Resolution. No. 1369 Ex.
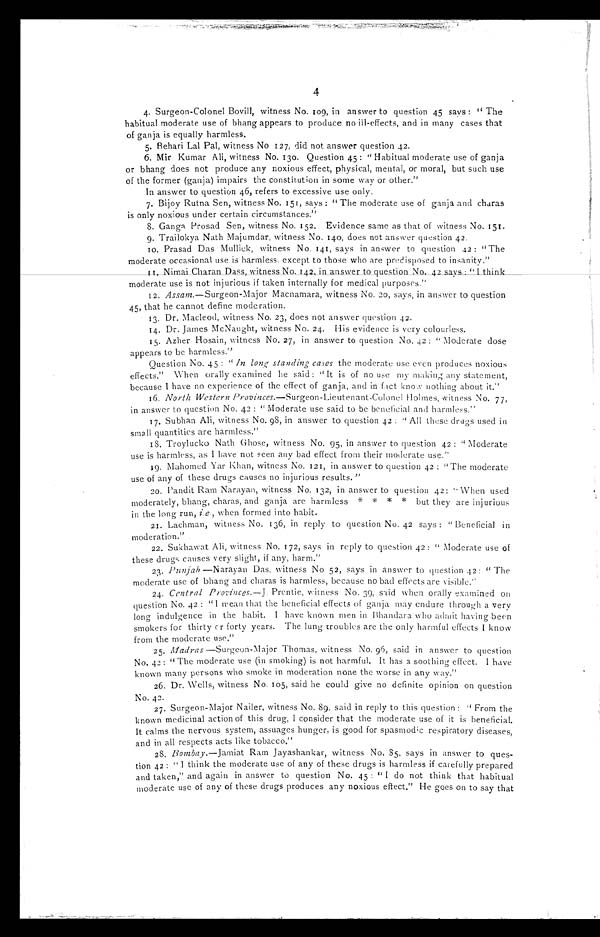
4
4. Surgeon-Colonel Bovill, witness No. 109, in answer to question 45 says: "The
habitual moderate use of bhang appears to produce no ill-effects, and in many cases that
of ganja is equally harmless.
5.
Behari Lal Pal, witness No 127, did not answer question 42.
6. Mir Kumar Ali, witness No. 130. Question 45: "Habitual moderate use of ganja
or bhang does not produce any noxious effect, physical, mental, or moral, but such use
of the former (ganja) impairs the constitution in some way or other."
In answer to question 46, refers to excessive use only.
7. Bijoy Rutna Sen, witness No. 151, says: "The moderate use of ganja and charas
is only noxious under certain circumstances."
8. Ganga Prosad Sen, witness No. 152. Evidence same as that of witness No. 151.
9. Trailokya Nath Majumdar, witness No. 140, does not answer question 42.
10. Prasad Das Mullick, witness No. 141, says in answer to question 42 : "The
moderate occasional use is harmless, except to those who are predisposed to insanity."
11.Nimai Charan Dass, witness No. 142. in answer to question No. 42 says: "I think The
moderate use is not injurious if taken internally for medical purposes."
12. Assam .—Surgeon-Major Macnamara, witness No. 20, says, in answer to question
45, that he cannot define moderation.
13. Dr. Macleod, witness No. 23, does not answer question 42.
14. Dr. James McNaught, witness No. 24. His evidence is very colourless.
15. Azher Hosain, witness No. 27, in answer to question No. 42 : "Moderate dose
appears to be harmless."
Question No. 45 : "In long standing cases the moderate use even produces noxious
effects." When orally examined he said: "It is of no use my making any statement,
because I have no experience of the effect of ganja, and in fact know nothing about it."
16. North Western Provinces .—Surgeon-Lieutenant-Colonel Holmes, witness No. 77,
in answer to question No. 42: "Moderate use said to be beneficial and harmless."
17. Subhan Ali, witness No. 98, in answer to question 42 : "All these drugs used in
small quantities are harmless."
18. Troylucko Nath Ghose, witness No. 95, in answer to question 42 : "Moderate
use is harmless, as I have not seen any bad effect from their moderate use."
19. Mahomed Yar Khan, witness No. 121, in answer to question 42 : "The moderate
use of any of these drugs causes no injurious results."
20. Pandit Ram Narayan, witness No. 132, in answer to question 42: " When used
moderately, bhang, charas, and ganja are harmless * * * * but they are injurious
in the long run, i.e., when formed into habit.
21. Lachman, witness No. 136, in reply to question No. 42 says : " Beneficial in
moderation."
22. Sukhawat Ali, witness No. 172, says in reply to question 42 : " Moderate use of
these drug causes very slight, if any, harm."
23. Punjab —Narayan Das, witness No 52, says in answer to question 42 : " The
moderate use of bhang and charas is harmless, because no bad effects are visible.''
24. Central Provinces.—J. Prentic, witness No. 39, said when orally examined on
question No. 42 : " I mean that the beneficial effects of ganja may endure through a very
long indulgence in the habit. I have known men in Bhandara who admit having been
smokers for thirty cr forty years. The lung troubles are the only harmful effects I know
from the moderate use."
25. Madras —Surgeon-Major Thomas, witness No. 96, said in answer to question
No. 42: "The moderate use (in smoking) is not harmful. It has a soothing effect. I have
known many persons who smoke in moderation none the worse in any way."
26. Dr. Wells, witness No. 105, said he could give no definite opinion on question
No. 42.
27. Surgeon-Major Nailer, witness No. 89, said in reply to this question : " From the
known medicinal action of this drug, I consider that the moderate use of it is beneficial.
It calms the nervous system, assuages hunger, is good for spasmodic respiratory diseases,
and in all respects acts like tobacco."
28. Bombay .—Jamiat Ram Jayashankar, witness No. 85, says in answer to ques-
tion 42: " I think the moderate use of any of these drugs is harmless if carefully prepared
and taken," and again in answer to question No. 45: "I do not think that habitual
moderate use of any of these drugs produces any noxious effect." He goes on to say that